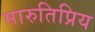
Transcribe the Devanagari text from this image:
मारुतिप्रिय